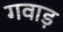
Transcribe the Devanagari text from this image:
गवाड़